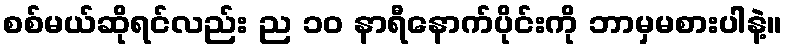
စစ်မယ်ဆိုရင်လည်း ည ၁၀ နာရီနောက်ပိုင်းကို ဘာမှမစားပါနဲ့။